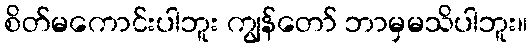
စိတ်မကောင်းပါဘူး ကျွန်တော် ဘာမှမသိပါဘူး။